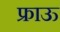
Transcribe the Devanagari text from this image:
फ्राऊ